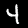
Digit: 4